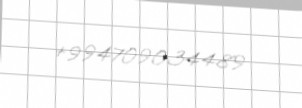
+994709034489